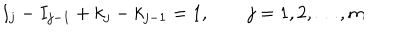
I _ { j } - I _ { j - 1 } + k _ { j } - k _ { j - 1 } = 1 , \qquad j = 1 , 2 , \ldots , m